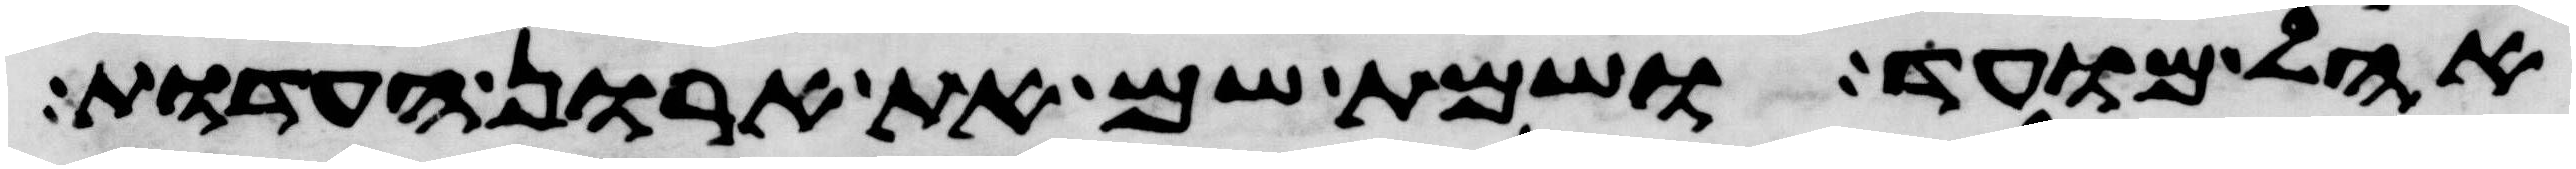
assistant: אהל מועד ושמת שם את ארון העדות